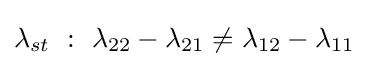
\lambda _{st}~:~\lambda _{22}-\lambda _{21}\neq \lambda _{12}-\lambda _{11}